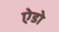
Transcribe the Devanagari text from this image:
ऐडो